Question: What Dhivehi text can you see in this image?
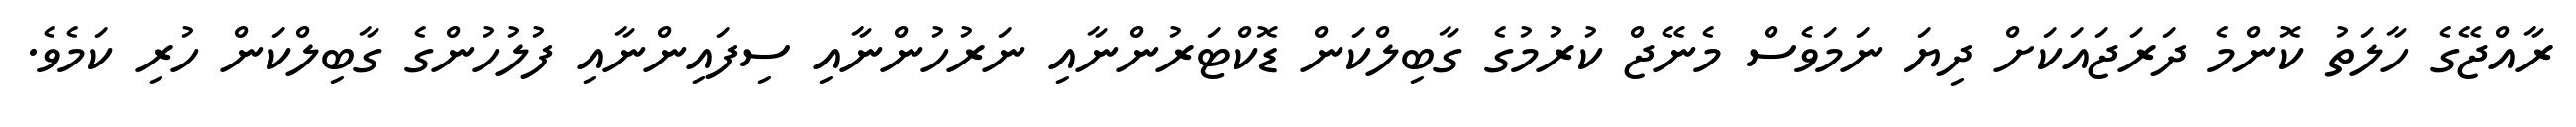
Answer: ރާއްޖޭގެ ހާލަތު ކޮންމެ ދަރަޖައަކަށް ދިޔަ ނަމަވެސް މެނޭޖް ކުރުމުގެ ގާބިލްކަން ޑޮކްޓަރުންނާއި ނަރުހުންނާއި ސިފައިންނާއި ފުލުހުންގެ ގާބިލްކަން ހުރި ކަމެވެ.